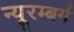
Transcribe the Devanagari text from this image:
न्यूरम्बर्ग